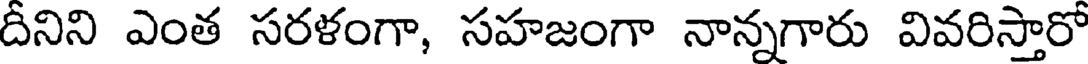
దీనిని ఎంత సరళంగా, సహజంగా నాన్నగారు వివరిస్తారో